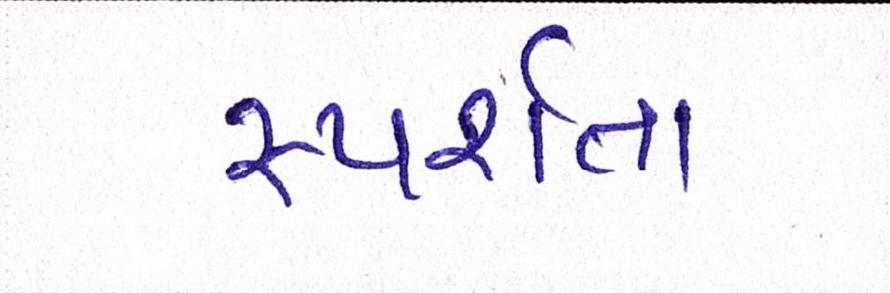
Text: સ્પર્શતા